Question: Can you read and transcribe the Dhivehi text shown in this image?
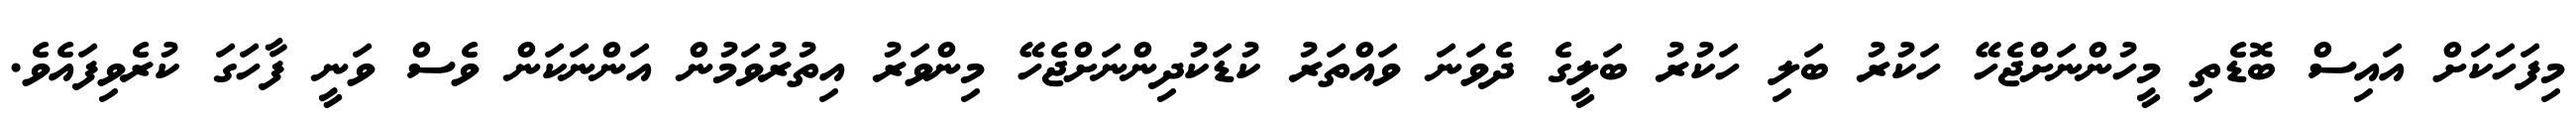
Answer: މިފަހަކަށް އައިސް ބޮޑެތި މީހުންނަށްޖެހޭ ހަކުރު ބަލި ހަކުރު ބަލީގެ ދެވަނަ ވައްތަރު ކުޑަކުދިންނަށްޖެހޭ މިންވަރު އިތުރުވަމުން އަންނަކަން ވެސް ވަނީ ފާހަގަ ކުރެވިފައެވެ.